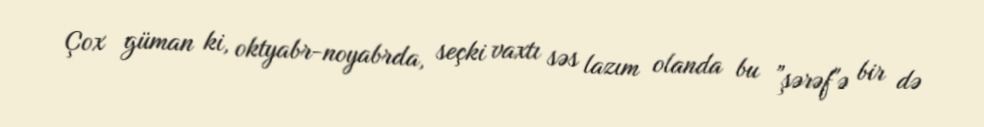
Çox güman ki, oktyabr-noyabrda, seçki vaxtı səs lazım olanda bu ”şərəf"ə bir də